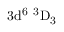
\mathrm { 3 d ^ { 6 } \ ^ { 3 } D _ { 3 } }